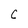
Character: C